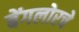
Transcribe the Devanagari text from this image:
बेंगलोरचे